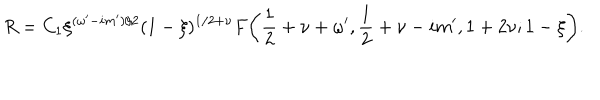
R = C _ { 1 } \xi ^ { ( \omega ^ { \prime } - i m ^ { \prime } ) / 2 } ( 1 - \xi ) ^ { 1 / 2 + \nu } F \bigg ( \frac 1 2 + \nu + \omega ^ { \prime } , \frac 1 2 + \nu - i m ^ { \prime } , 1 + 2 \nu ; 1 - \xi \bigg ) .